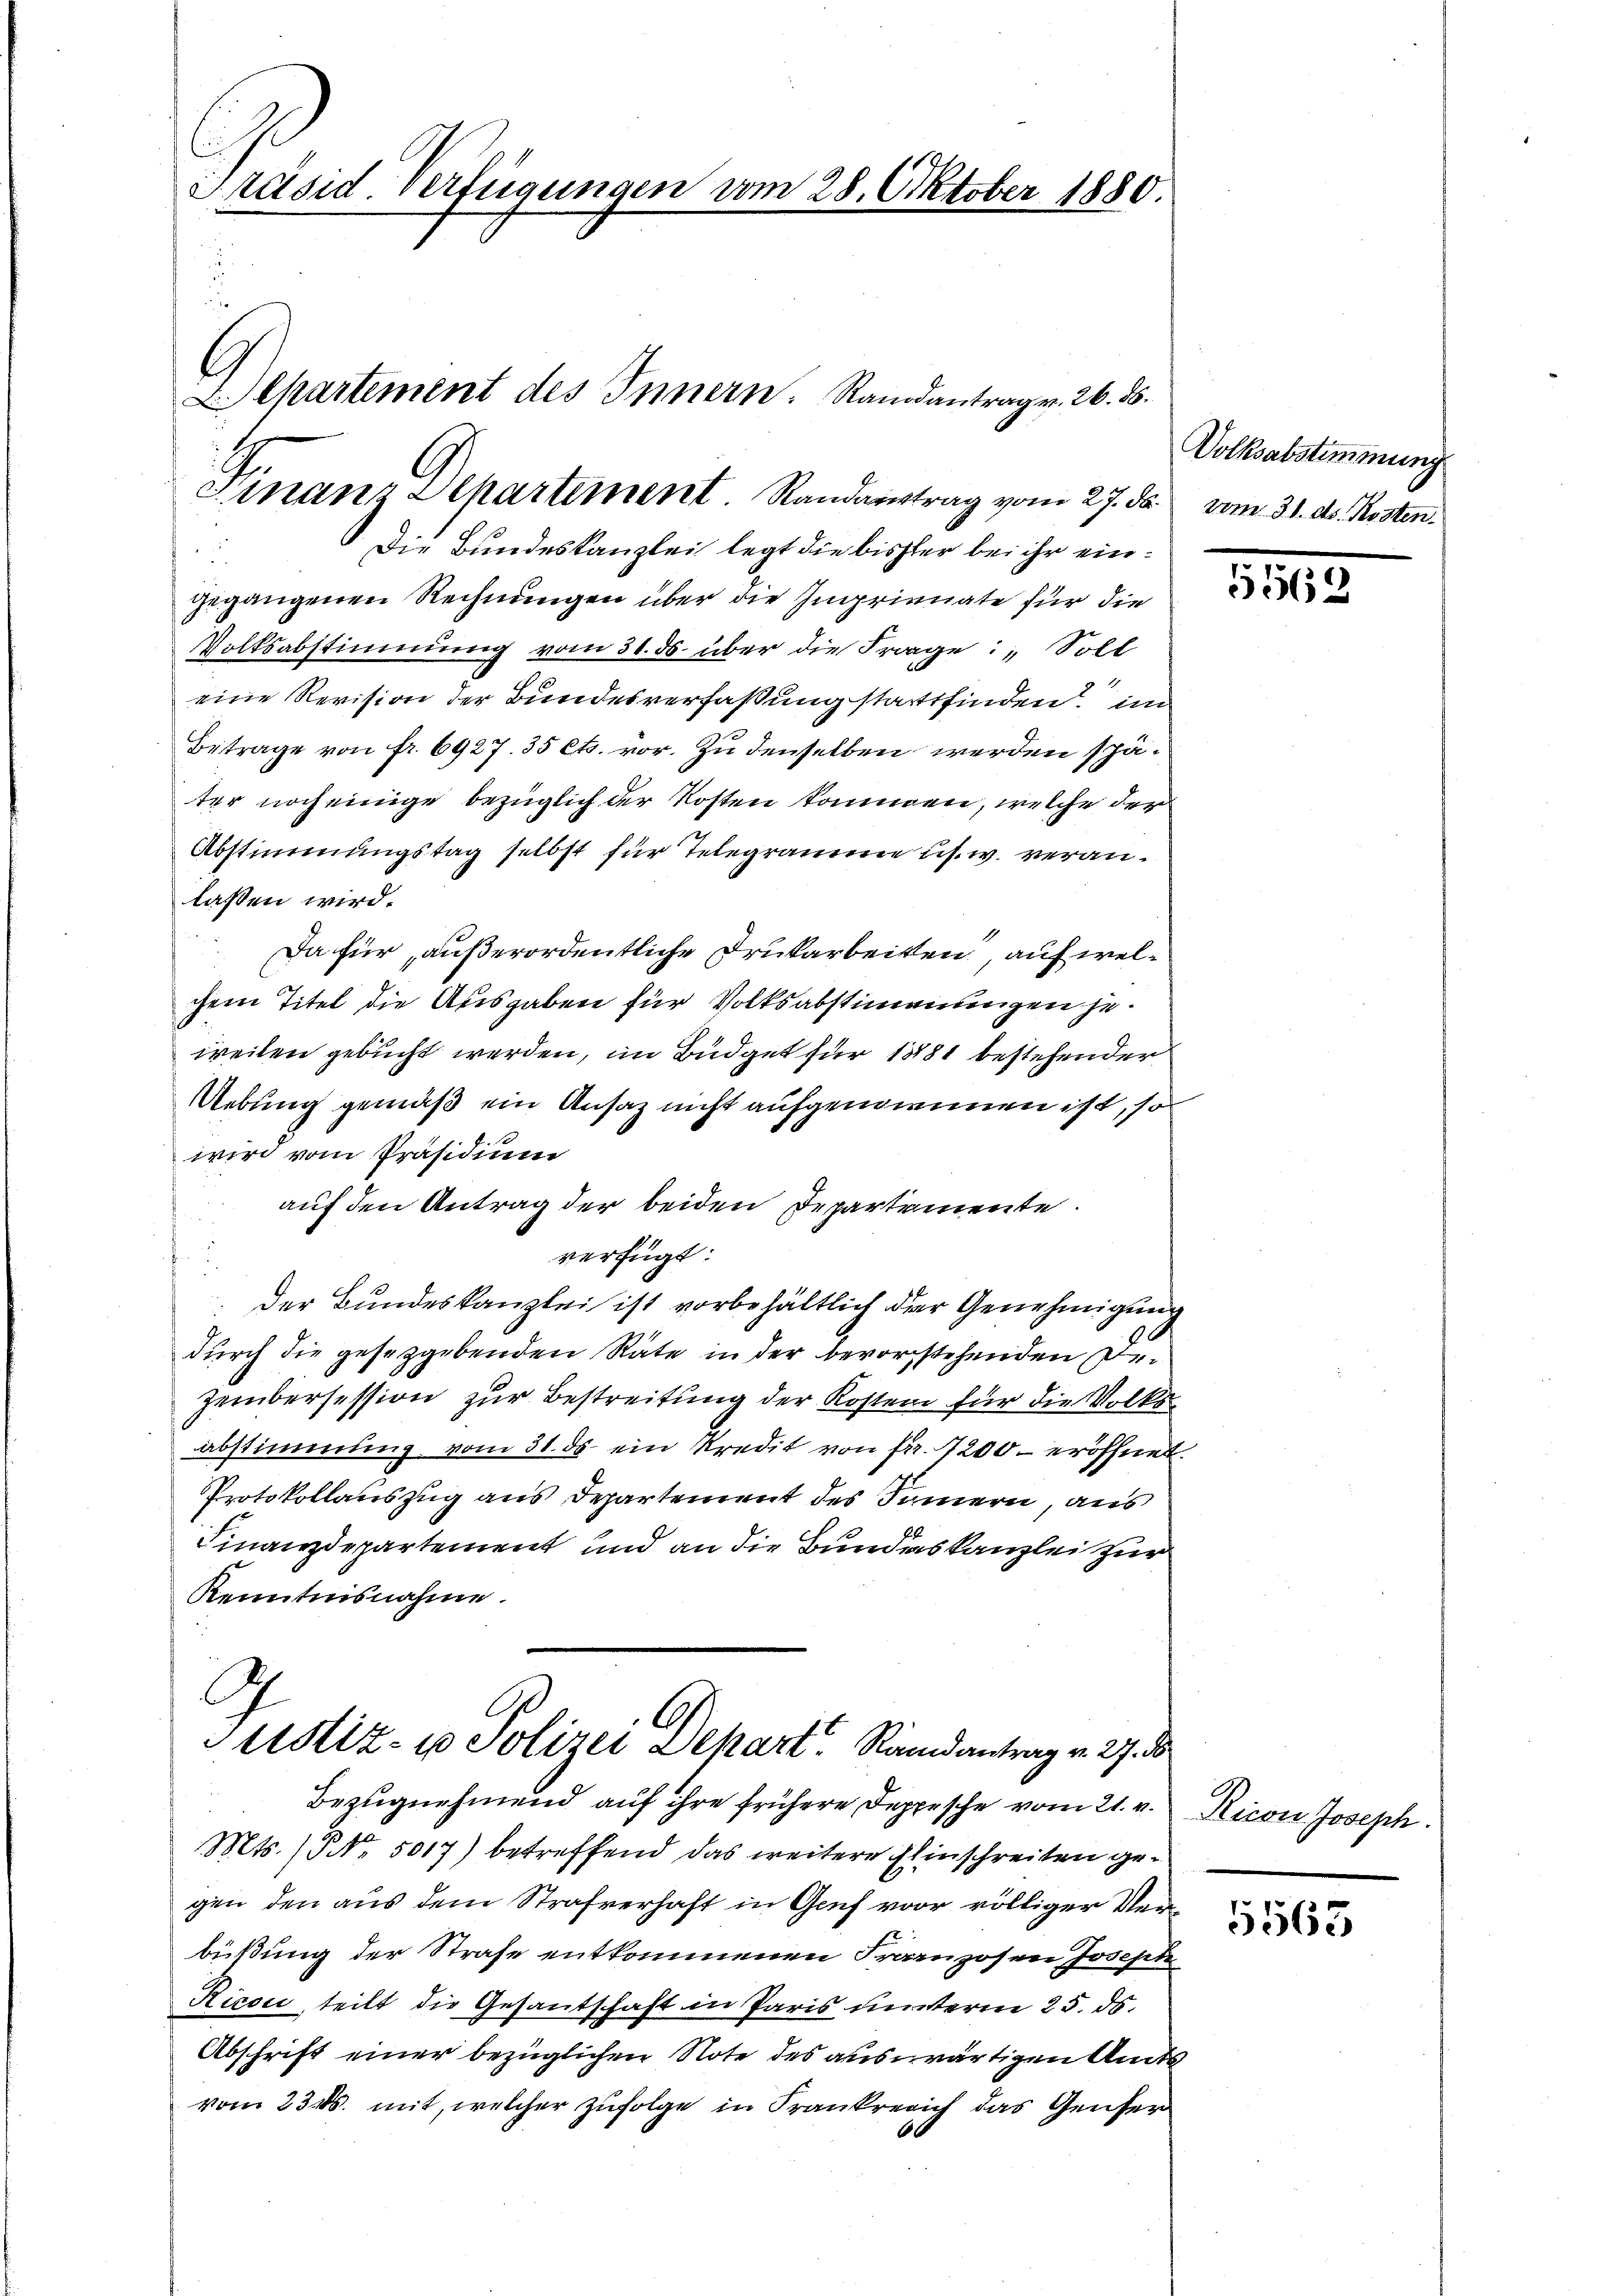
Präsid. Verfügungen vom 28. Oktober 1880.
5

Finanz Separtement. Sandaŭstrag vom 27. ds. vom 31. ds. Kosten.

Die Bundeskanzlei legt die bisher bei ihr eingegangenen Rechnungen über die Ingrienate für die
Volksabstimmung vom 31. ds. über die Frage: „Soll
eine Revision der Bundesverfaßung stattfinden im
Betrage von fr. 6927. 35 Cts. vor. Zu denselben werden später noch einige bezüglich der Kosten kommen, welche der
Abstimmungstag selbst für Telegramme s. w. veranlassen wird.
Da für außerordentliche Drukarbeiten, auf welchem Titel die Ausgaben für Volksabstimmungen jeweilen gebucht werden, im Büdget für 1881 bestehender
Uebung gemäß ein Ansaz nicht aufgenommen ist, so
wird vom Präsidium
auf den Antrag der beiden Departemente.
verfügt:
der Bundeskanzlei ist vorbehältlich der Genehmigung
durch die gesetzgebenden Räte in der bevorstehenden De¬
Zeinbersession zur Bestreitung der Kosten für die Volksabstimmung vom 31. ds. ein Kredit von fr. 7200 eröffnet.
Protokollauszug aus Departement des Sammern, aus
Finanzdepartement und an die Bundeskanzlei zur
Kenntnisnahme.
C
.
Justiz- u Polizei Depart. Randantrag v. 27. 8
Bezugnehmend auf ihre frühere Teppische vom 21. v.
Mts. (NNo. 5017) betreffend das weitere Einschreiten gegen den aus dem Strafverhaft in Genf vor völliger Verbüßung der Strafe entkommenen Franzosen Josepte
Rixon, teilt die Gesantschaft in Paris unterm 25. ds.
Abschrift einer bezüglichen Note des auswärtigen Amts
vom 23. ds. mit, welcher zufolge in Frankreich das Genfer
6

Departement des Innern. Randantrag v. 26. ds.

Volksabstimmung

5569

Ricon Joseph.

5563